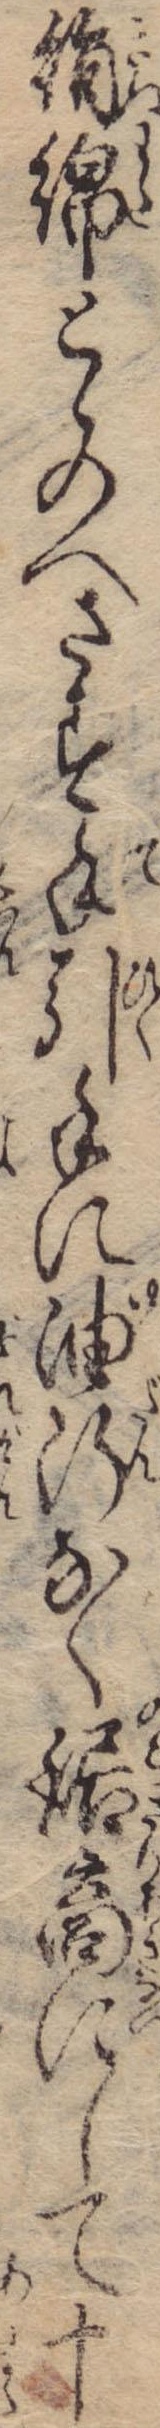
絹綿とゝのへさす手引手に油断なく鋸商にして十